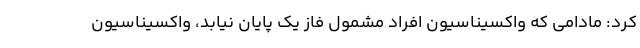
کرد: مادامی که واکسیناسیون افراد مشمول فاز یک پایان نیابد، واکسیناسیون